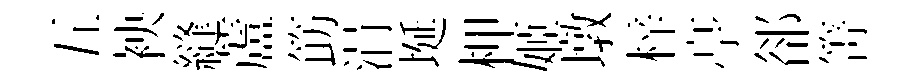
五䘧縫蘆筯涓埏柙姬墩梓𠅘郤箐